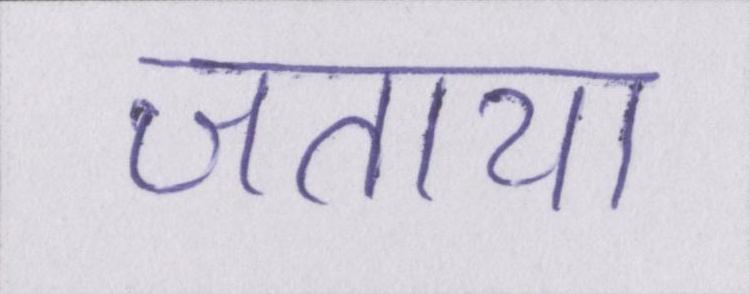
जताया